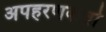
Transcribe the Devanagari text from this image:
अपहरणकर्त्ता